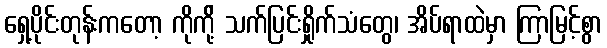
ရှေ့ပိုင်းတုန်းကတော့ ကိုကို့် သက်ပြင်းရှိုက်သံတွေ၊ အိပ်ရာထဲမှာ ကြာမြင့်စွာ